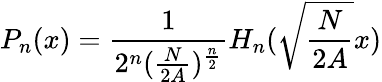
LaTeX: P_{n}(x)=\frac{1}{2^{n}(\frac{N}{2A})^{\frac{n}{2}}}H_{n}(\sqrt{\frac{N}{2A}}x)